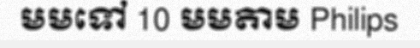
មមទៅ 10 មមតាម Philips